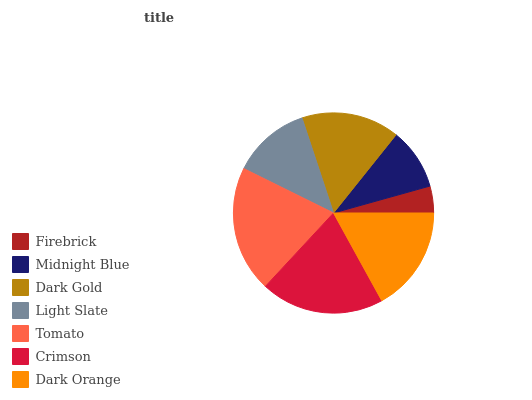
| Firebrick | Midnight Blue | Dark Gold | Light Slate | Tomato | Crimson | Dark Orange |
 | --- | --- | --- | --- | --- | --- | --- |
 | 4.33% | 9.93% | 15.8% | 12.6% | 20.4% | 19.9% | 17% |